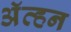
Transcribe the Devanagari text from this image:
अॅव्हन